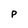
Character: p